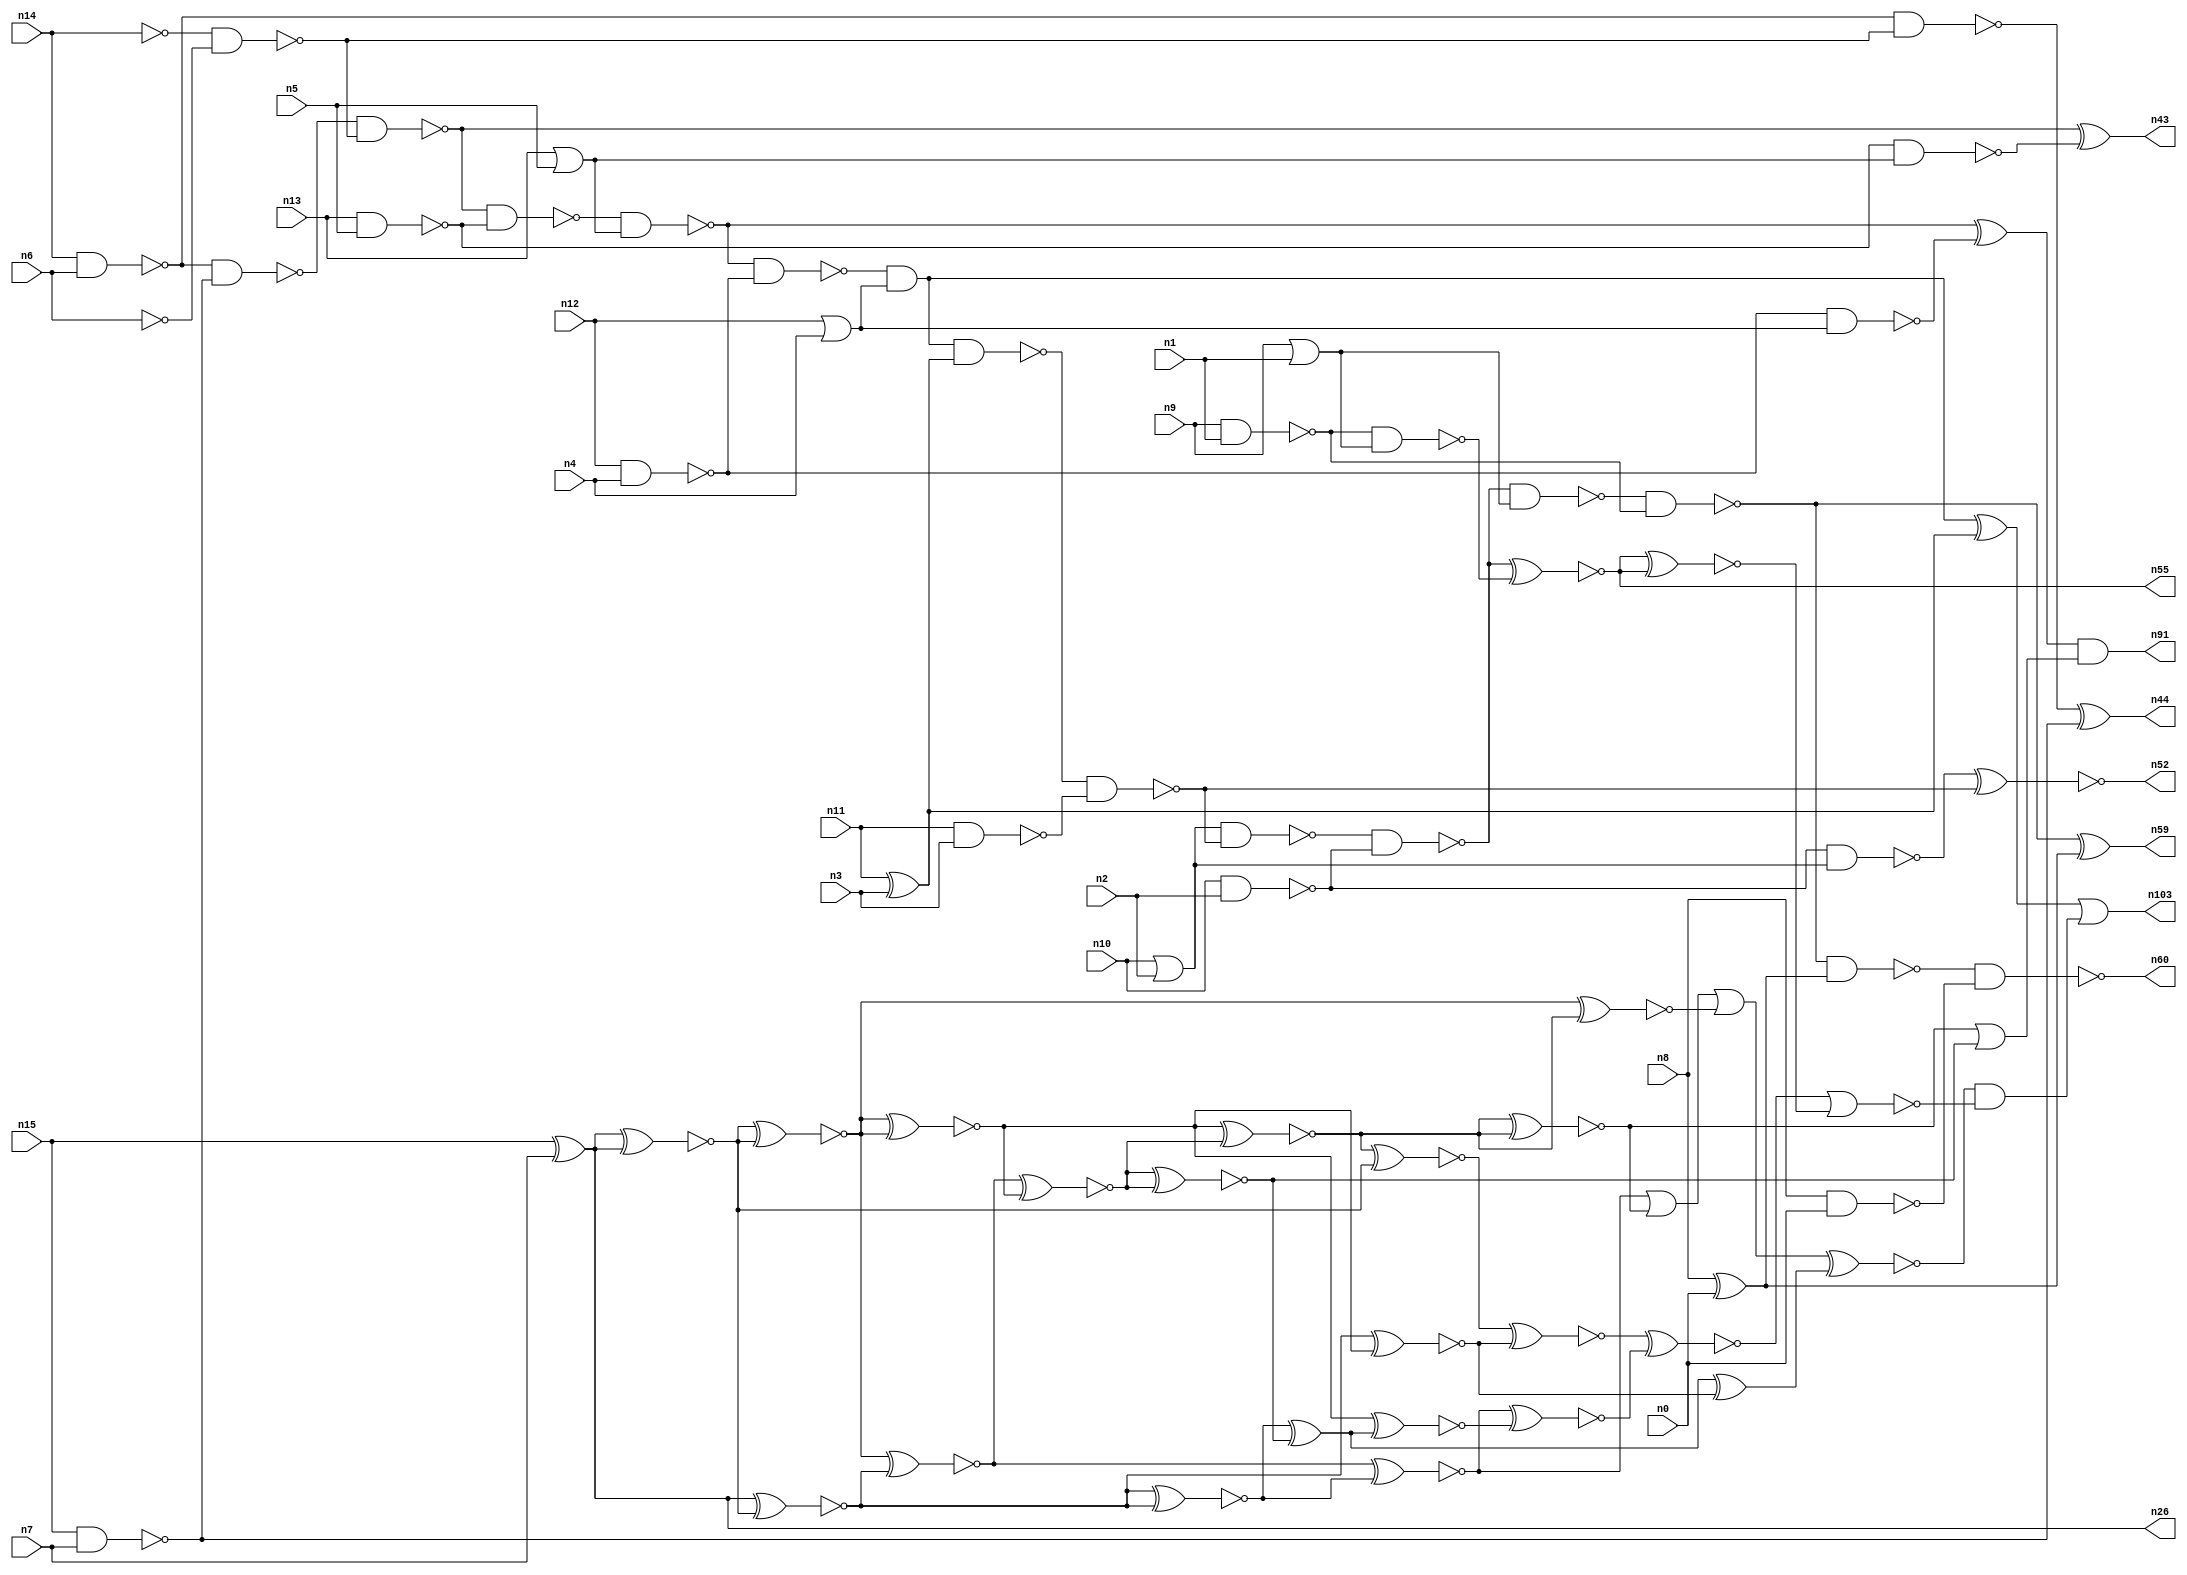
// This program was cloned from: https://github.com/umar-afzaal/ReCkt
// License: MIT License

// This file contains a pareto-optimal circuit with respect to delay and the fault-resilince parameter p_fault which is defined as:
// "For all input vectors, the ratio of the no. of faults observable at the POs to the no. of total possible faults in the circuit".
// This code is part of the ReCkt library (https://github.com/umar-afzaal/ReCkt) distributed under The MIT License.
// When used, please cite the following article(s):
// U. Afzaal, A.S. Hassan, M. Usman and J.A. Lee, "On the Evolutionary Synthesis of Increased Fault-resilience Arithmetic Circuits".

// p_fault = 51.3 %    (Lower is better)
// gates = 87.0
// levels = 16
// area = 122.41    (For MCNC library relative to nand2)
// power = 859.7 uW    (Berkely-SIS for MCNC library @ Vdd=5V and 20 MHz clock)
// delay = 26.3 ns    (Berkely-ABC for MCNC library)
// PDP = 2.26101e-11 J

// Pin mapping:
// {n0, n1, n2, n3, n4, n5, n6, n7} = A[7:0]
// {n8, n9, n10, n11, n12, n13, n14, n15} = B[7:0]
// {n60, n59, n55, n52, n103, n91, n43, n44, n26} = O[8:0]

module addr8u_delay_15 (
n0, n1, n2, n3, n4, n5, n6, n7, n8, n9, n10, n11, n12, n13, n14, n15, 
n60, n59, n55, n52, n103, n91, n43, n44, n26
);

input n0, n1, n2, n3, n4, n5, n6, n7, n8, n9, n10, n11, n12, n13, n14, n15;
output n60, n59, n55, n52, n103, n91, n43, n44, n26;
wire n96, n30, n69, n102, n68, n61, n79, n95, n46, n18, n93, n45, n90, n56, n37, n80, n101, n53, n62, n40, 
n94, n25, n85, n67, n81, n22, n38, n97, n57, n39, n70, n19, n34, n76, n50, n29, n72, n35, n24, n63, 
n75, n49, n89, n74, n17, n65, n42, n87, n51, n82, n92, n78, n36, n47, n98, n20, n23, n83, n16, n66, 
n48, n21, n41, n54, n27, n33, n28, n58, n86, n88, n71, n73, n31, n84, n32, n77, n64, n99;

nand (n16, n13, n5);
not (n17, n14);
or (n18, n12, n4);
nand (n19, n10, n2);
nand (n20, n15, n7);
or (n21, n10, n2);
not (n22, n6);
xor (n23, n8, n0);
or (n24, n13, n5);
nand (n25, n14, n6);
xor (n26, n15, n7);
nand (n27, n12, n4);
xor (n28, n11, n3);
nor (n29, n9, n1);
nand (n30, n8, n0);
nand (n31, n9, n1);
nand (n32, n11, n3);
nand (n33, n27, n18);
not (n34, n29);
nand (n35, n16, n24);
nand (n36, n25, n20);
nand (n37, n17, n22);
nand (n38, n19, n21);
nand (n39, n36, n37);
nand (n40, n25, n37);
nand (n41, n31, n34);
nand (n42, n39, n16);
xor (n43, n39, n35);
xor (n44, n40, n20);
nand (n45, n42, n24);
nand (n46, n45, n27);
xor (n47, n45, n33);
and (n48, n46, n18);
nand (n49, n48, n28);
xor (n50, n48, n28);
nand (n51, n49, n32);
xnor (n52, n38, n51);
nand (n53, n21, n51);
nand (n54, n53, n19);
xnor (n55, n54, n41);
nand (n56, n54, n34);
nand (n57, n56, n31);
nand (n58, n57, n23);
xor (n59, n57, n23);
nand (n60, n58, n30);
xnor (n61, n26, n26);
xnor (n62, n26, n26);
xnor (n63, n26, n26);
xnor (n64, n26, n26);
xnor (n65, n26, n26);
xnor (n66, n64, n61);
xnor (n67, n26, n61);
xnor (n68, n26, n26);
xnor (n69, n63, n26);
xnor (n70, n64, n62);
xnor (n71, n66, n69);
xnor (n72, n68, n65);
xnor (n73, n68, n61);
xnor (n74, n72, n70);
xnor (n75, n67, n69);
xnor (n76, n72, n73);
xnor (n77, n67, n76);
xnor (n78, n71, n74);
xnor (n79, n71, n76);
xnor (n80, n70, n73);
xnor (n81, n74, n79);
xnor (n82, n78, n78);
xnor (n83, n80, n79);
xnor (n84, n81, n81);
xor (n85, n75, n82);
xnor (n86, n71, n75);
xnor (n87, n83, n65);
xnor (n88, n87, n77);
or (n89, n84, n82);
xor (n90, n85, n77);
and (n91, n47, n89);
xnor (n92, n80, n85);
xnor (n93, n66, n83);
or (n94, n86, n84);
xnor (n95, n86, n92);
xnor (n96, n88, n95);
or (n97, n94, n93);
xnor (n98, n97, n90);
xnor (n99, n55, n55);
nor (n101, n96, n99);
and (n102, n98, n101);
or (n103, n50, n102);

endmodule